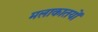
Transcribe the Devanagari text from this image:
मलाकातयों